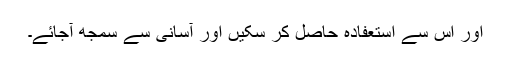
اور اس سے استعفادہ حاصل کر سکیں اور آسانی سے سمجھ آجائے۔